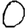
Digit: 0